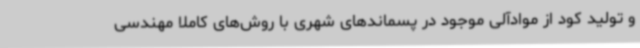
و تولید کود از موادآلی موجود در پسماندهای شهری با روش‌های کاملا مهندسی